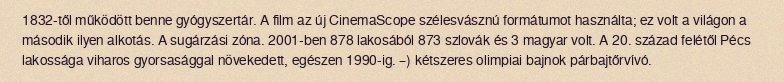
1832-től működött benne gyógyszertár. A film az új CinemaScope szélesvásznú formátumot használta; ez volt a világon a második ilyen alkotás. A sugárzási zóna. 2001-ben 878 lakosából 873 szlovák és 3 magyar volt. A 20. század felétől Pécs lakossága viharos gyorsasággal növekedett, egészen 1990-ig. –) kétszeres olimpiai bajnok párbajtőrvívó.